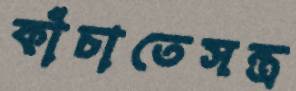
কাঁচাতেসন্ত্র